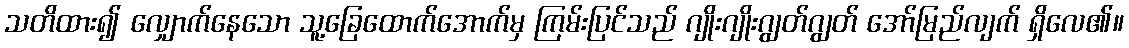
သတိထား၍ လျှောက်နေသော သူ့ခြေထောက်အောက်မှ ကြမ်းပြင်သည် ဂျိုးဂျိုးဂျွတ်ဂျွတ် အော်မြည်လျက် ရှိလေ၏။